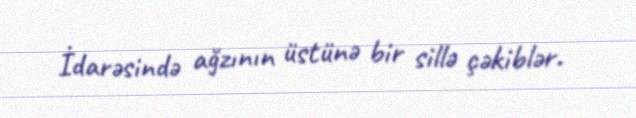
İdarəsində ağzının üstünə bir sillə çəkiblər.